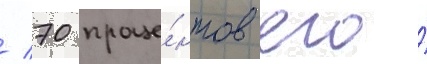
/ 70 проце́нтов его́